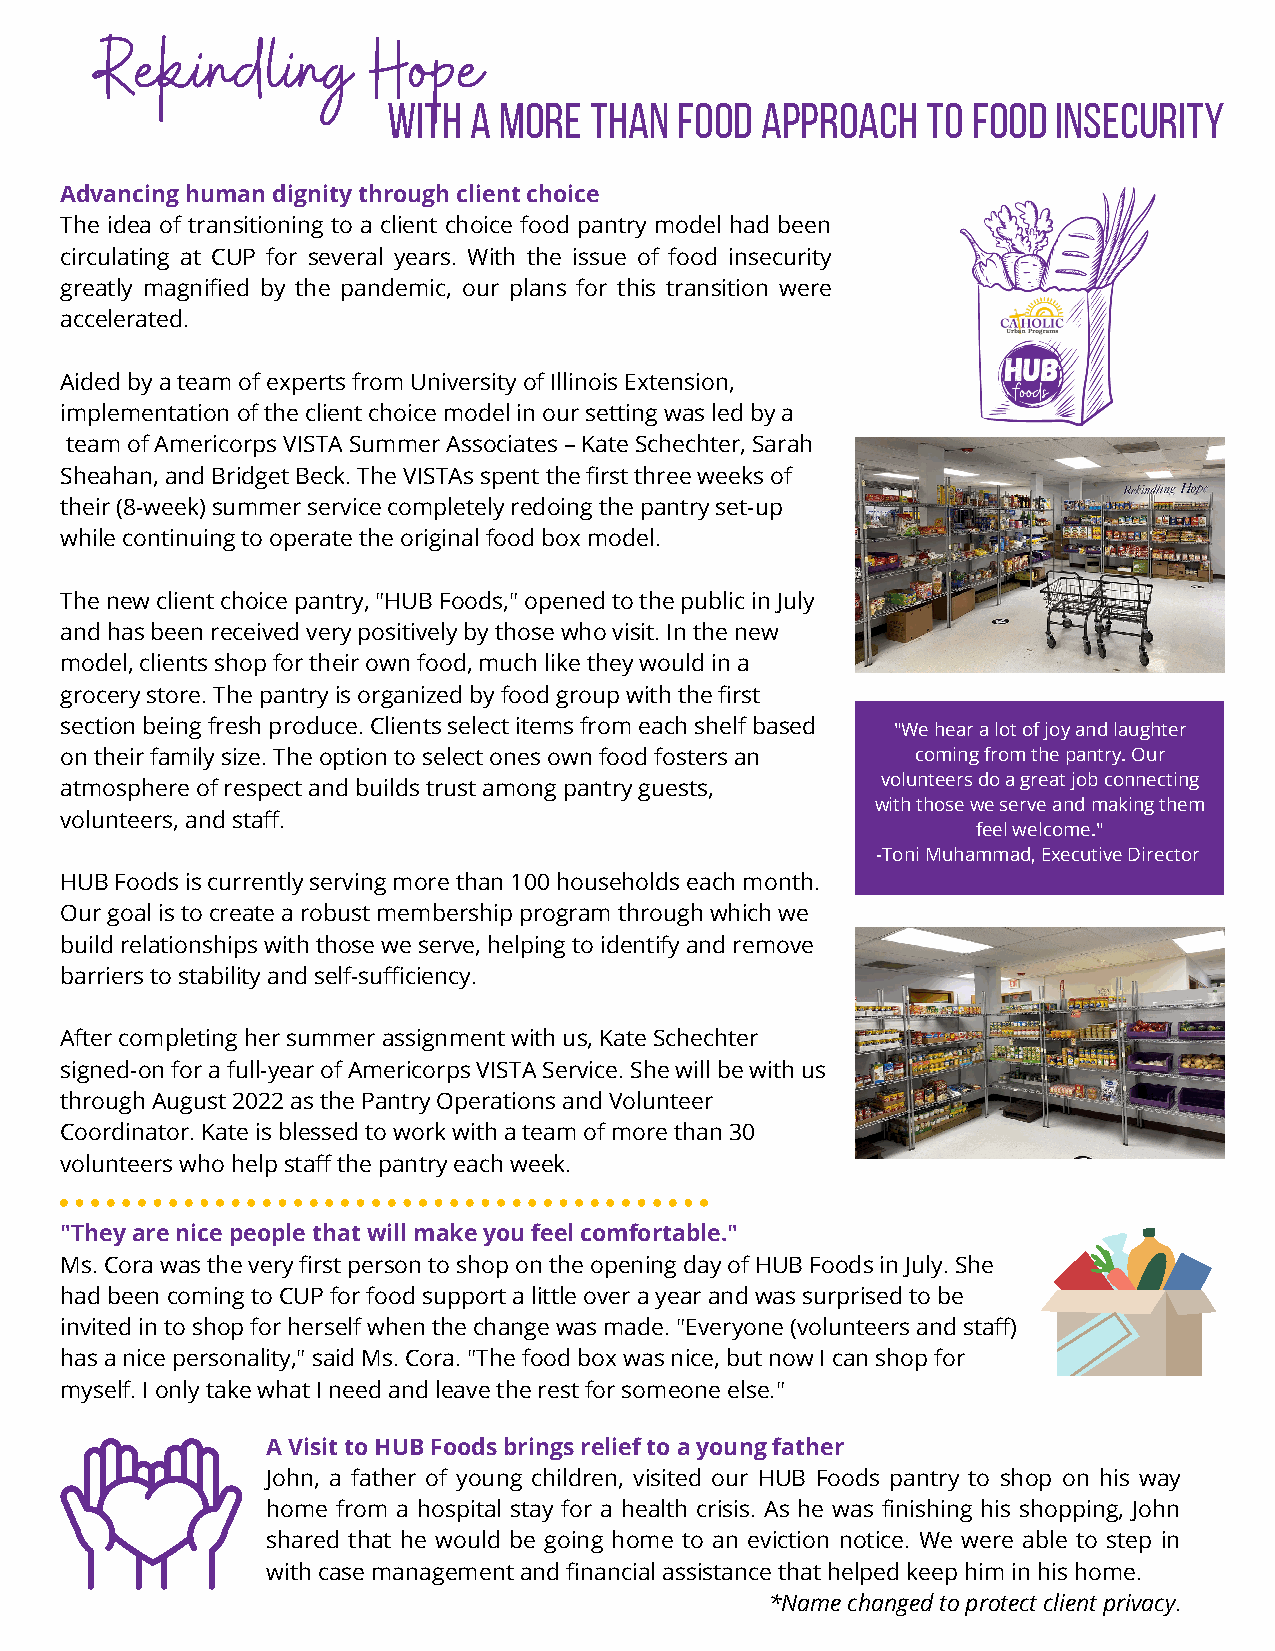
Rekindling        Hope
 with a more  than  food approach   to food  insecurity
 Advancing human dignity through client choice
 The idea of transitioning to a client choice food pantry model had been
 circulating at CUP for several years. With the issue of food insecurity
 greatly magnified by the pandemic, our plans for this transition were
 accelerated.
 Aided by a team of experts from University of Illinois Extension,
 implementation of the client choice model in our setting was led by a
 team of Americorps VISTA Summer Associates – Kate Schechter, Sarah
 Sheahan, and Bridget Beck. The VISTAs spent the first three weeks of
 their (8-week) summer service completely redoing the pantry set-up
 while continuing to operate the original food box model.
 The new client choice pantry, "HUB Foods," opened to the public in July
 and has been received very positively by those who visit. In the new
 model, clients shop for their own food, much like they would in a
 grocery store. The pantry is organized by food group with the first
 section being fresh produce. Clients select items from each shelf based "We hear a lot of joy and laughter
 on their family size. The option to select ones own food fosters an coming from the pantry. Our
 volunteers do a great job connecting
 atmosphere of respect and builds trust among pantry guests,
 with those we serve and making them
 volunteers, and staff.
 feel welcome."
 -Toni Muhammad, Executive Director
 HUB Foods is currently serving more than 100 households each month.
 Our goal is to create a robust membership program through which we
 build relationships with those we serve, helping to identify and remove
 barriers to stability and self-sufficiency.
 After completing her summer assignment with us, Kate Schechter
 signed-on for a full-year of Americorps VISTA Service. She will be with us
 through August 2022 as the Pantry Operations and Volunteer
 Coordinator. Kate is blessed to work with a team of more than 30
 volunteers who help staff the pantry each week.
 "They are nice people that will make you feel comfortable."
 Ms. Cora was the very first person to shop on the opening day of HUB Foods in July. She
 had been coming to CUP for food support a little over a year and was surprised to be
 invited in to shop for herself when the change was made. "Everyone (volunteers and staff)
 has a nice personality," said Ms. Cora. "The food box was nice, but now I can shop for
 myself. I only take what I need and leave the rest for someone else."
 A Visit to HUB Foods brings relief to a young father
 John, a father of young children, visited our HUB Foods pantry to shop on his way
 home from a hospital stay for a health crisis. As he was finishing his shopping, John
 shared that he would be going home to an eviction notice. We were able to step in
 with case management and financial assistance that helped keep him in his home.
 *Name changed to protect client privacy.